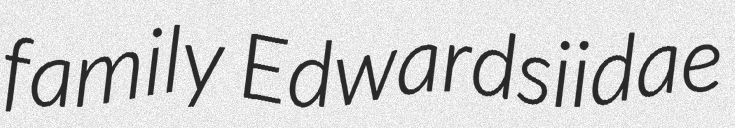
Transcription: family Edwardsiidae